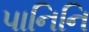
પાનિનિ